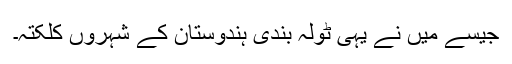
جیسے میں نے یہی ٹولہ بندی ہندوستان کے شہروں کلکتہ۔